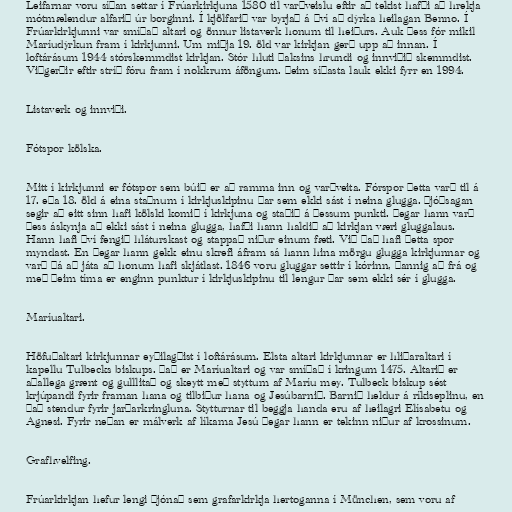
Leifarnar voru síðan settar í Frúarkirkjuna 1580 til varðveislu eftir að tekist hafði að hrekja
mótmælendur alfarið úr borginni. Í kjölfarið var byrjað á því að dýrka heilagan Benno. Í
Frúarkirkjunni var smíðað altari og önnur listaverk honum til heiðurs. Auk þess fór mikil
Maríudýrkun fram í kirkjunni. Um miðja 19. öld var kirkjan gerð upp að innan. Í
loftárásum 1944 stórskemmdist kirkjan. Stór hluti þaksins hrundi og innviðið skemmdist.
Viðgerðir eftir stríð fóru fram í nokkrum áföngum. Þeim síðasta lauk ekki fyrr en 1994.

Listaverk og innviði.

Fótspor kölska.

Mitt í kirkjunni er fótspor sem búið er að ramma inn og varðveita. Fórspor þetta varð til á
17. eða 18. öld á eina staðnum í kirkjuskipinu þar sem ekki sást í neina glugga. Þjóðsagan
segir að eitt sinn hafi kölski komið í kirkjuna og staðið á þessum punkti. Þegar hann varð
þess áskynja að ekki sást í neina glugga, hafði hann haldið að kirkjan væri gluggalaus.
Hann hafi því fengið hláturskast og stappað niður einum fæti. Við það hafi þetta spor
myndast. En þegar hann gekk einu skrefi áfram sá hann hina mörgu glugga kirkjunnar og
varð þá að játa að honum hafi skjátlast. 1846 voru gluggar settir í kórinn, þannig að frá og
með þeim tíma er enginn punktur í kirkjuskipinu til lengur þar sem ekki sér í glugga.

Maríualtari.

Höfuðaltari kirkjunnar eyðilagðist í loftárásum. Elsta altari kirkjunnar er hliðaraltari í
kapellu Tulbecks biskups. Það er Maríualtari og var smíðað í kringum 1475. Altarið er
aðallega grænt og gulllitað og skeytt með styttum af Maríu mey. Tulbeck biskup sést
krjúpandi fyrir framan hana og tilbiður hana og Jesúbarnið. Barnið heldur á ríkiseplinu, en
það stendur fyrir jarðarkringluna. Stytturnar til beggja handa eru af heilagri Elísabetu og
Agnesi. Fyrir neðan er málverk af líkama Jesú þegar hann er tekinn niður af krossinum.

Grafhvelfing.

Frúarkirkjan hefur lengi þjónað sem grafarkirkja hertoganna í München, sem voru af